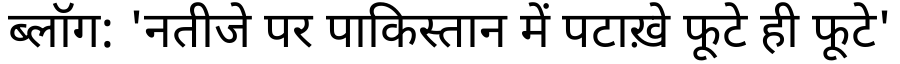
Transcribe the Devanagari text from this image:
ब्लॉग: 'नतीजे पर पाकिस्तान में पटाख़े फूटे ही फूटे'